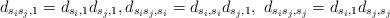
LaTeX: \begin{align*}d_{s_is_j,1}=d_{s_i,1}d_{s_j,1}, d_{s_is_j,s_i}=d_{s_i,s_i}d_{s_j,1},~ d_{s_is_j,s_j}=d_{s_i,1}d_{s_j,s_j}\end{align*}